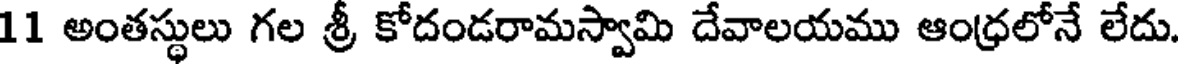
11 అంతస్థులు గల శ్రీ కోదండరామస్వామి దేవాలయము ఆంధ్రలోనే లేదు.